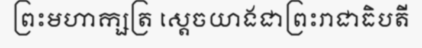
ព្រះមហាក្សត្រ ស្តេចយាងជាព្រះរាជាធិបតី